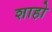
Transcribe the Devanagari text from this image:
शाहो